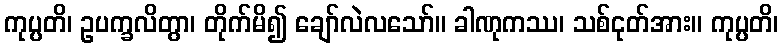
ကုပ္ပတိ၊ ဥပက္ခလိတွာ၊ တိုက်မိ၍ ချော်လဲလသော်။ ခါဏုကဿ၊ သစ်ငုတ်အား။ ကုပ္ပတိ၊